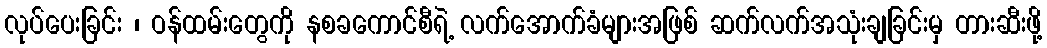
လုပ်ပေးခြင်း ၊ ဝန်ထမ်းတွေကို နစခကောင်စီရဲ့ လက်အောက်ခံများအဖြစ် ဆက်လက်အသုံးချခြင်းမှ တားဆီးဖို့